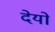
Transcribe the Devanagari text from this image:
देयो